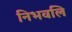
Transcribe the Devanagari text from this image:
निभवलि